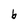
Character: b